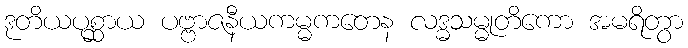
ဒုတိယပုစ္ဆာယ ပဗ္ဗာဇနီယကမ္မကတေန လဒ္ဓသမ္မုတိကော အမရိတွာ